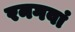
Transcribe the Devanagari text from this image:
रनगवां